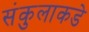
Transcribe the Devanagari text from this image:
संकुलाकडे